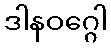
ဒါနဝဂ္ဂေါ